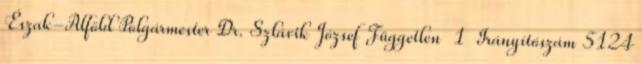
Észak-Alföld Polgármester Dr. Szlávik József Független 1 Irányítószám 5124